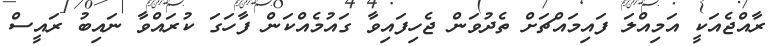
ރާއްޖެއަކީ އަމިއްލަ ފައިމައްޗަށް ތެދުވަން ޖެހިފައިވާ ގައުމެއްކަން ފާހަގަ ކުރައްވާ ނައިބު ރައީސް